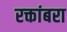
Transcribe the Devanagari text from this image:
रक्तांबरा